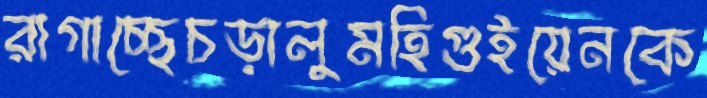
রাগাচ্ছেচড়ালুমহিগুইয়েনকে